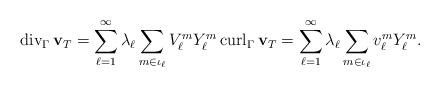
LaTeX: \begin{align*}\operatorname*{div}\nolimits_{\Gamma}\mathbf{v}_{T}=\sum_{\ell=1}^{\infty}\lambda_{\ell}\sum_{m\in\iota_{\ell}}V_{\ell}^{m}Y_{\ell}^{m}\operatorname*{curl}\nolimits_{\Gamma}\mathbf{v}_{T}=\sum_{\ell=1}^{\infty}\lambda_{\ell}\sum_{m\in\iota_{\ell}}v_{\ell}^{m}Y_{\ell}^{m}. \end{align*}